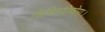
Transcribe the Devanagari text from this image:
सिक्लियोफोरा।